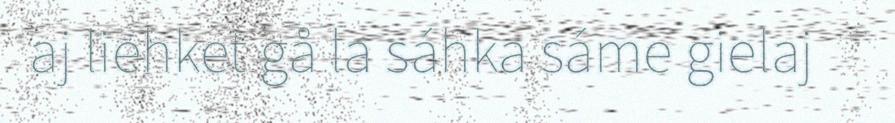
aj liehket gå la sáhka sáme gielaj